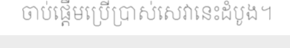
ចាប់ផ្តើមប្រើប្រាស់សេវានេះដំបូង។